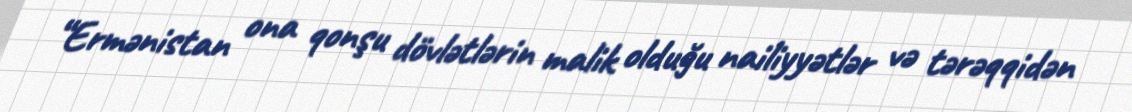
“Ermənistan ona qonşu dövlətlərin malik olduğu nailiyyətlər və tərəqqidən